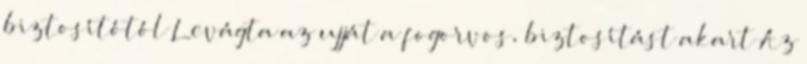
biztosítótól Levágta az ujját a fogorvos, biztosítást akart Az